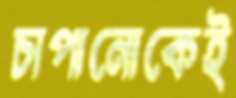
চাপানোকেই